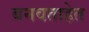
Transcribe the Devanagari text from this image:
बनवताहेत